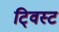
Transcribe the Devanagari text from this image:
टि्वस्ट